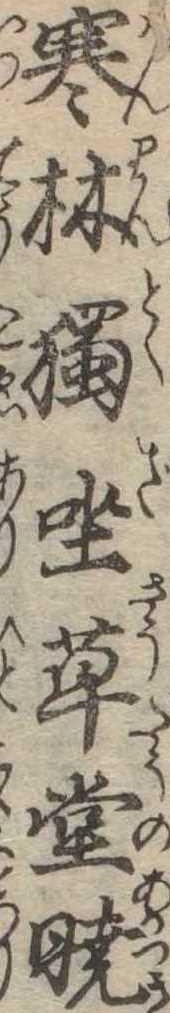
寒林独坐草堂暁